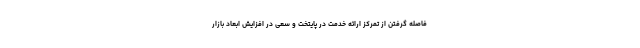
فاصله گرفتن از تمرکز ارائه خدمت در پایتخت و سعی در افزایش ابعاد بازار